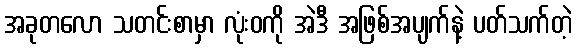
အခုတလော သတင်းစာမှာ လုံးဝကို အဲဒီ အဖြစ်အပျက်နဲ့ ပတ်သက်တဲ့